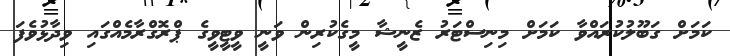
ކަމަށް ގަބޫލުކުރައްވާ ކަމަށް މިނިސްޓަރު ޒެނީޝާ މީގެކުރިން ވަނީ ވީޓީވީގެ ޕްރޮގްރާމެއްގައި ވިދާޅުވެފަ